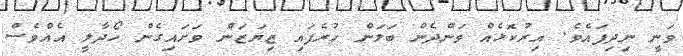
ވަނީ ނިދިފައެވެ. އިރުކޮޅެއް ވަންދެން ބަލަން ހުރެފައި ޒިޔަޒަން ވަށައިގެން ހޯދާލީ އެއްވެސް